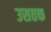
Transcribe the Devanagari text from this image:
उसतक